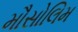
મૌસોલિમ